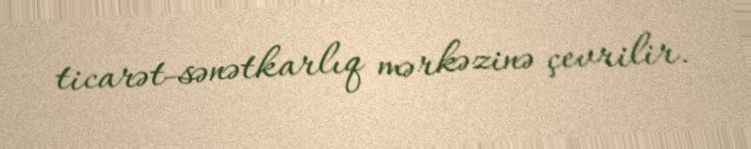
ticarət-sənətkarlıq mərkəzinə çevrilir.